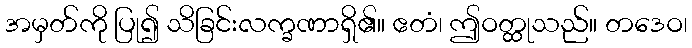
အမှတ်ကို ပြု၍ သိခြင်းလက္ခဏာရှိ၏။ ဧတံ၊ ဤဝတ္ထုသည်။ တဒေဝ၊